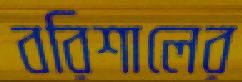
বরিশালের